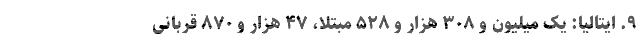
۹. ایتالیا: یک میلیون و ۳۰۸ هزار و ۵۲۸ مبتلا، ۴۷ هزار و ۸۷۰ قربانی